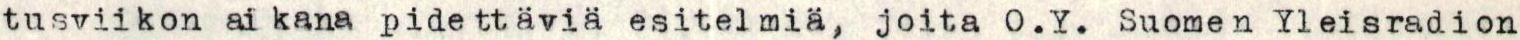
tusviikon aikana pidettäviä esitelmiä, joita O.Y. Suomen Yleisradion